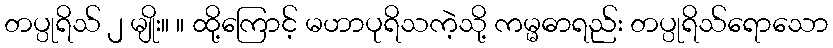
တပ္ပုရိသ် ၂ မျိုး။ ။ ထို့ကြောင့် မဟာပုရိသကဲ့သို့ ကမ္မဓာရည်း တပ္ပုရိသ်ရောသော